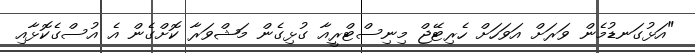
"އަޅުގަނޑުމެން ވަރަށް އަވަހަށް ހެރިޓޭޖް މިނިސްޓްރީއާ ގުޅިގެން މަޝްވަރާ ކޮށްގެން އެ އުސްގެކޮޅާއި